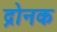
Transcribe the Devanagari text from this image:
द्रोनक